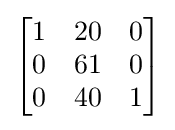
{\begin{bmatrix}1&20&0\\0&61&0\\0&40&1\end{bmatrix}}